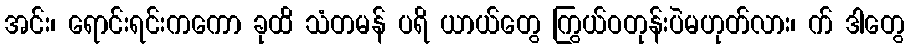
အင်း၊ ရောင်းရင်းကကော ခုထိ သံတမန် ပရိ ယာယ်တွေ ကြွယ်ဝတုန်းပဲမဟုတ်လား၊ က် ဒါတွေ